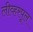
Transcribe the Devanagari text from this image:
लीव्हरपूल